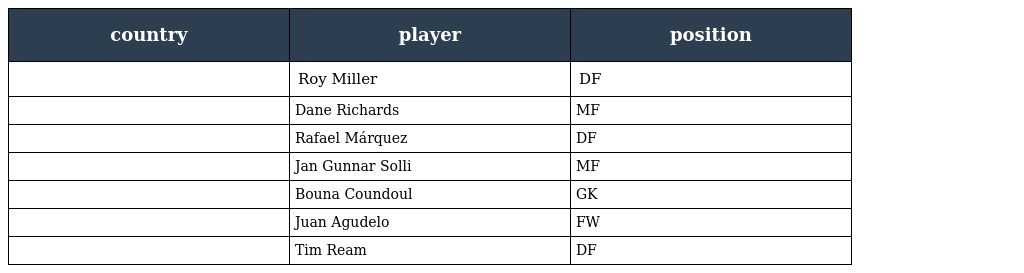
| country | player | position |
 | --- | --- | --- |
 |  | Roy Miller | DF |
 |  | Dane Richards | MF |
 |  | Rafael Márquez | DF |
 |  | Jan Gunnar Solli | MF |
 |  | Bouna Coundoul | GK |
 |  | Juan Agudelo | FW |
 |  | Tim Ream | DF |